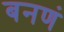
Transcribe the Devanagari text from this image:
बनणं